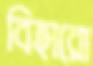
বিহারো